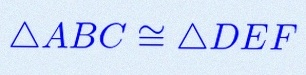
\triangle ABC\cong\triangle DEF